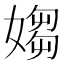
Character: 媰